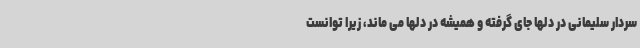
سردار سلیمانی در دلها جای گرفته و همیشه در دلها می ماند، زیرا توانست